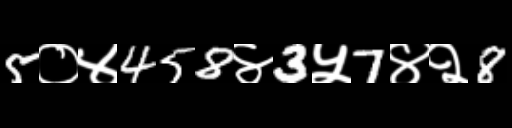
Text: 5०४458४3५7४२8